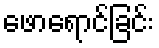
ဖောရောင်ခြင်း